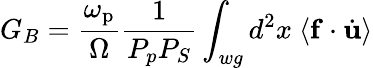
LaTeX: G_{B}=\frac{\omega_{\mathrm{p}}}{\Omega}\frac{1}{P_{p}P_{S}}\int_{wg}d^{2}x\ \langle{\mathbf f}\cdot\dot{\mathbf u}\rangle